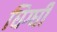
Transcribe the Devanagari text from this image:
घिग्घी